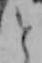
と